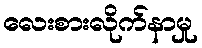
လေးစားလိုက်နာမှု